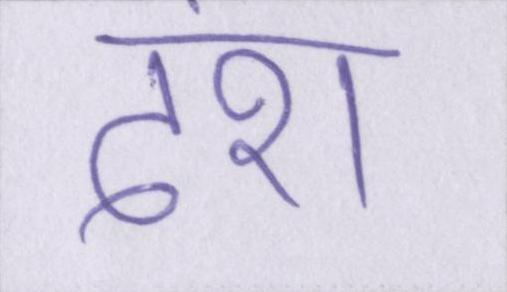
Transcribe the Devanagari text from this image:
दंश